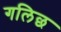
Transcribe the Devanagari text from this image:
गलिछ